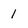
Character: 1